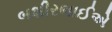
બશીરભાઈએ